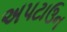
અપટાઉન